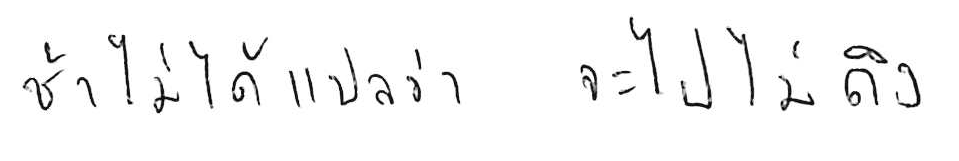
ช้า ไม่ได้แปลว่า จะไปไม่ถึง